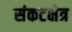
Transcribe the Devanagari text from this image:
संकटक्षेत्र